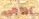
بزوجي